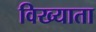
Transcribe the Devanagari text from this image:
विख्याता